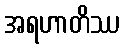
အရဟာတိဿ